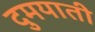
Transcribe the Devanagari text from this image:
दुमयाती